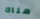
هناك